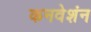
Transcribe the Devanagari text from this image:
कनवेशंन